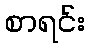
စာရင်း